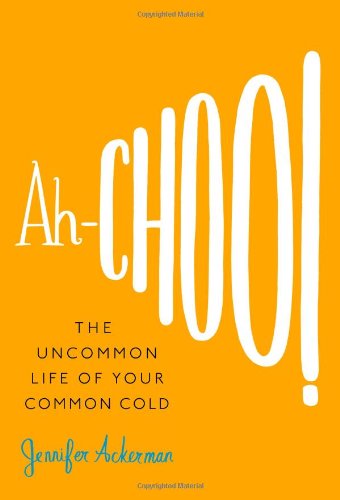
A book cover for Ah-Choo!: The Uncommon Life of Your Common Cold; Jennifer Ackerman; Health, Fitness & Dieting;